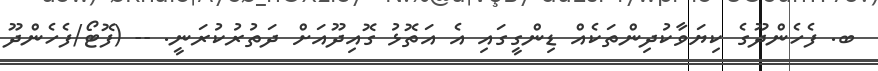
ބ. ފެހެންދޫގެ ކިޔަވާކުދިންތަކެއް ޑިންގީގައި އެ އަތޮޅު ގޮއިދޫއަށް ދަތުރުކުރަނީ. -- (ފޮޓޯ/ފެހެންދޫ